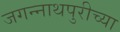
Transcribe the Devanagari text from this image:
जगन्‍नाथपुरीच्या